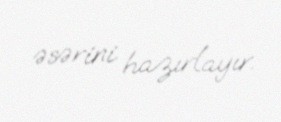
əsərini hazırlayır.